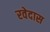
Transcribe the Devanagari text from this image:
रवेदास